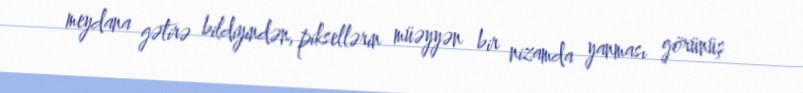
meydana gətirə bildiyindən, piksellərin müəyyən bir nizamda yanması görünüş